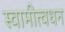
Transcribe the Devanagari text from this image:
स्वामीत्वधन